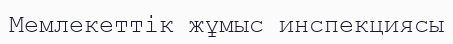
Мемлекеттік жұмыс инспекциясы